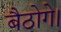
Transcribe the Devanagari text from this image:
बैठोगे।